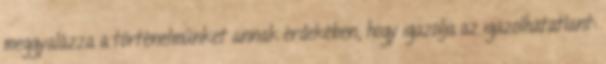
meggyalázza a történelmünket annak érdekében, hogy igazolja az igazolhatatlant: